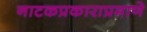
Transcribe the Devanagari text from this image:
नाटकप्रकाराप्रमाणे